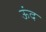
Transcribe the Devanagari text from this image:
ऊंद